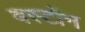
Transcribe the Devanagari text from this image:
बर्स्टोन